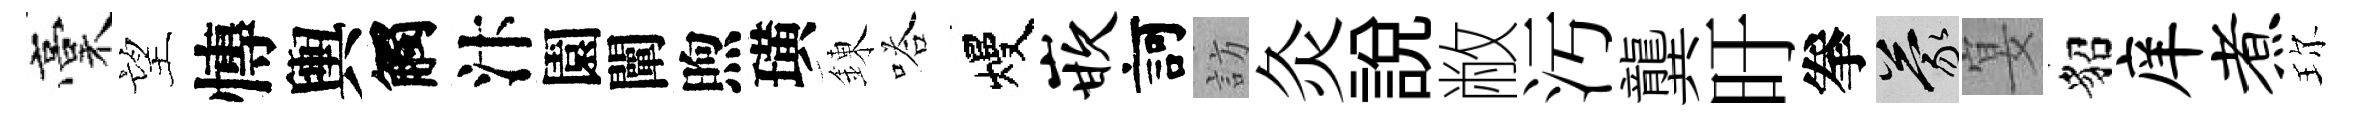
稾望慱輿觸汴園闡煦璜錬嗒熳嵌訶訪灸説敝汚龔旴拳蒙宴貂庠煮珎